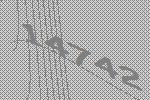
14742